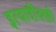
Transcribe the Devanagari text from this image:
इत्यादींवरही